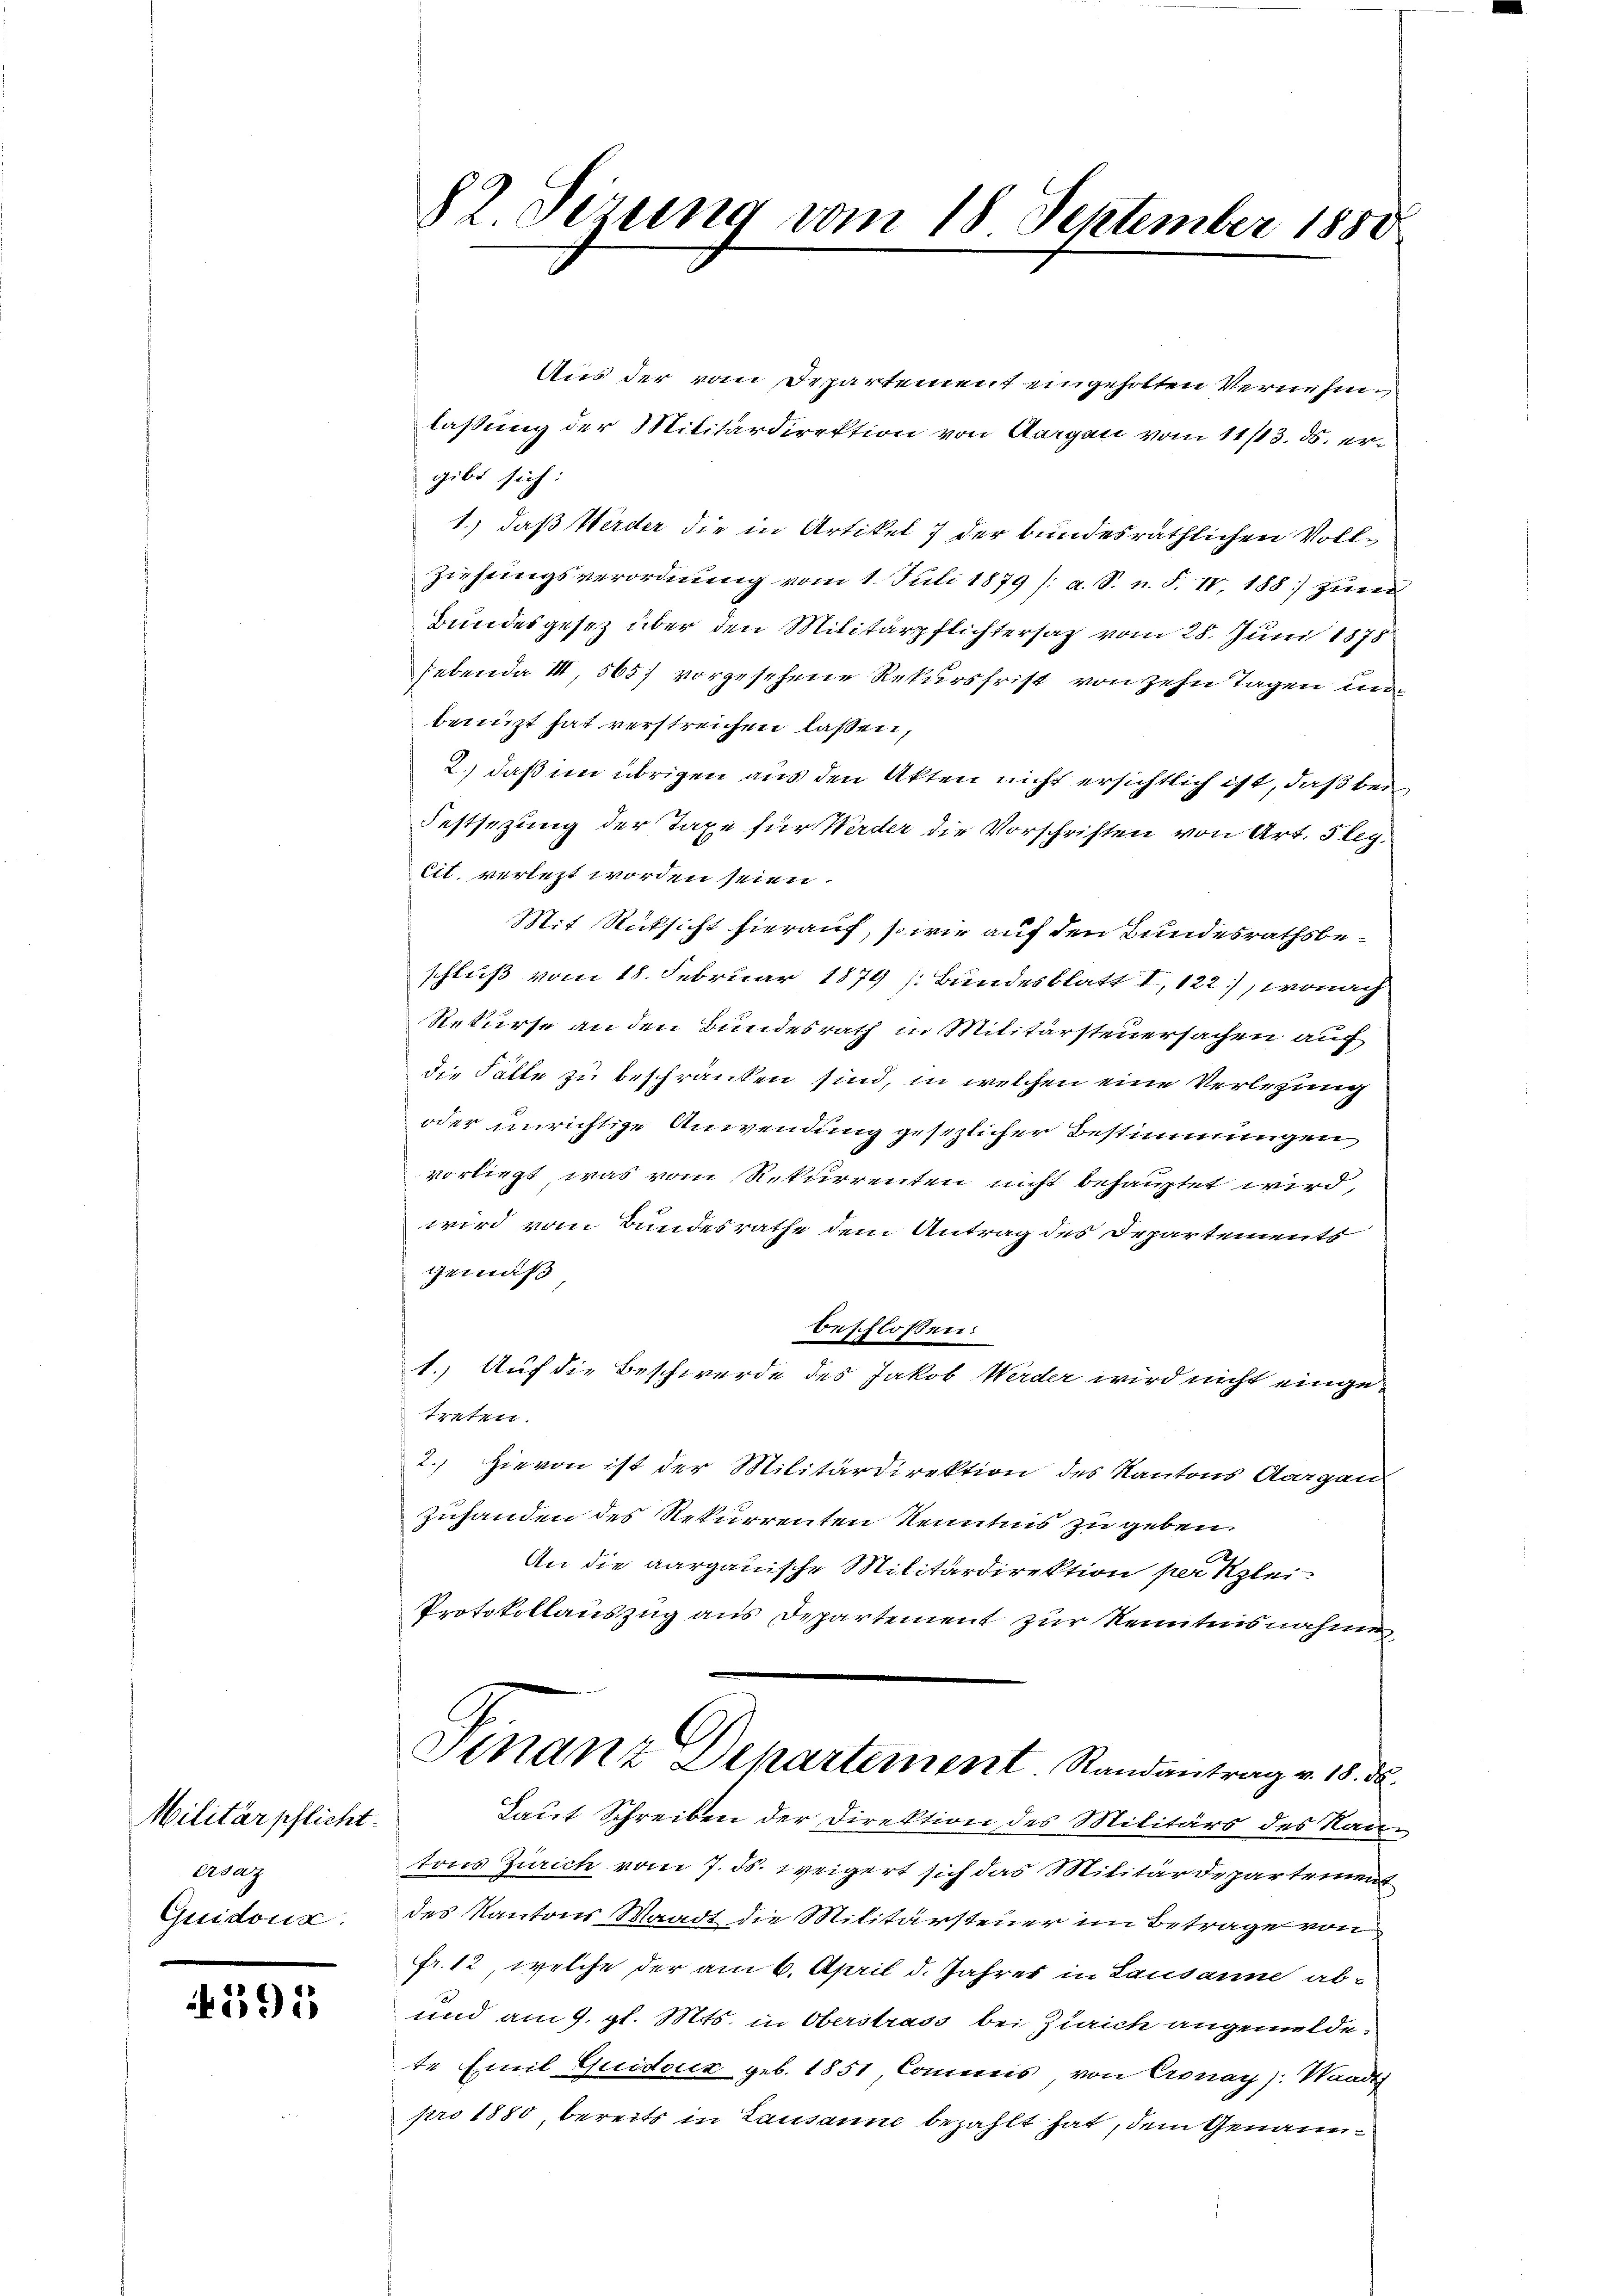
Militärpflicht.
ersatz.
Guidons:

A 395

82 Sizung vom 18 September 1888

Aus der vom Departement eingeholten Vernehm
lassung der Militärdirektion von Aargau vom 11/13. ds. ergibt sich:
1.) daß Werder die in Artikel 7 der bundesräthlichen Voll¬
Ziehungsverordnung vom 1. Juli 1879 /: a. S. n. F. IV, 188) zum
Bundesgesetz über den Militärpflichtersaz vom 28. Juni 1875
hebende III, 565 vorgesehene Rekursfrist von zehn Tagen unbenuzt hat verstreichen laßen,
2.) daß im übrigen aus den Akten nicht ersichtlich ist, daß bei
Festsezung der Taxe für Werder die Vorschriften von Art. 5 leg
cit, verlezt worden seien.
Mit Rücksicht hierauf, so wie auf den Bundesrathsbeschluß vom 18. Februar 1879 [Bundesblatt I, 122), wonach
Rekurse an den Bundesrath in Militärsteuersachen auf
die Fälle zu beschränken sind, in welchen eine Verlegung
oder unrichtige Anwendung gesezlicher Bestimmungen
vorliegt, was vom Rekurrenten nicht behauptet wird,
wird vom Bundesrathe dem Antrag des Departements
gemäß
beschloßen:
1.) Auf die Beschwerde des Jakob Werder wird nicht eingetreten.
2. Hievon ist der Militärdirektion des Kantons Aargau
Zuhanden des Rekurrenten Kenntnis zu geben
An die aargauische Militärdirektion per Klei¬
Protokollauszug aus Departement zur Kenntnisnahmen,
Finanz Departement. Randantrag v. 18. ds.
Laut Schreiben der Direktion des Militärs des Rautons Zürich vom 7. ds. weigert sich das Militärdepartement
des Kantons Waadt die Militärsteuer im Betrage von
Fr. 12, welche der am 6. April d. Jahres in Lausanne ab-
und am 9. gl. Mts. in Oberstrass bei Zürich angemelde-
te Emil Quidouz geb. 1851, Commis, von Cronay): Waadt
pro 1880, bereits in Lausanne bezahlt hat, dem Genann¬